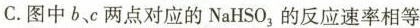
C.图中b、c两点对应的NaHSO_{3}的反应速率相等